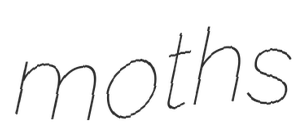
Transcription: moths